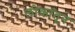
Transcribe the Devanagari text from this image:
लोकांतून